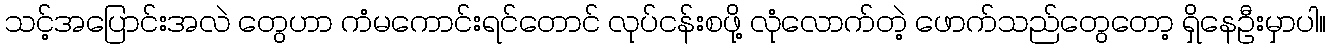
သင့်အပြောင်းအလဲ တွေဟာ ကံမကောင်းရင်တောင် လုပ်ငန်းစဖို့ လုံလောက်တဲ့ ဖောက်သည်တွေတော့ ရှိနေဦးမှာပါ။